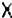
X